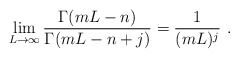
\begin{align*} \lim_{L\to\infty} \frac{\Gamma(mL-n)}{\Gamma(mL-n+j)}=\frac 1{(mL)^j}\ .\end{align*}